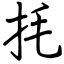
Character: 㧌